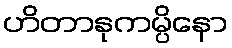
ဟိတာနုကမ္ပိနော